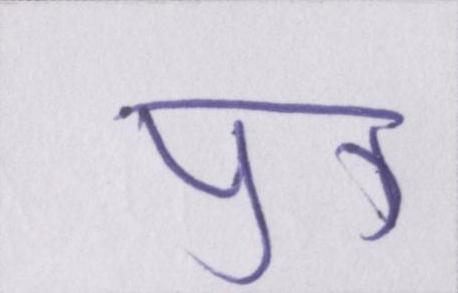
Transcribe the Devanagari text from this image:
पुत्र